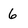
Character: 6